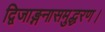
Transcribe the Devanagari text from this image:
द्विजाङ्गनासमुद्धरण।